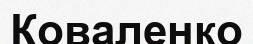
Коваленко